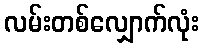
လမ်းတစ်လျှောက်လုံး